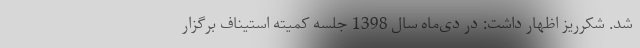
شد. شکرریز اظهار داشت: در دی‌ماه سال 1398 جلسه کمیته استیناف برگزار